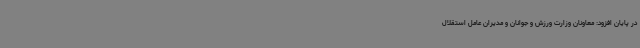
در پایان افزود: معاونان وزارت ورزش و جوانان و مدیران عامل استقلال